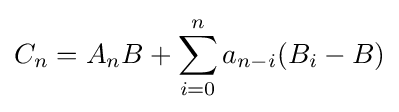
C_{n}=A_{n}B+\sum _{i=0}^{n}a_{n-i}(B_{i}-B)